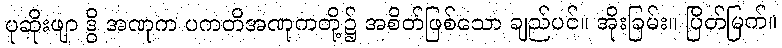
ပုဆိုးဖျာ ဒွိ အဏုက ပကတိအဏုကတို့၌ အစိတ်ဖြစ်သော ချည်ပင်။ အိုးခြမ်း။ ပြိတ်မြက်။